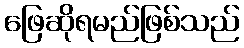
ဖြေဆိုရမည်ဖြစ်သည်